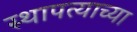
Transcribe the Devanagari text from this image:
स्थापत्याच्या